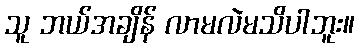
သူ ဘယ်အချိန် လာမလဲမသိပါဘူး။